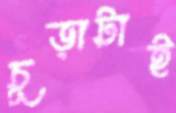
চূড়াটাই